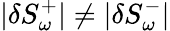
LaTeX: |\delta S_{\omega}^{+}|\neq|\delta S_{\omega}^{-}|